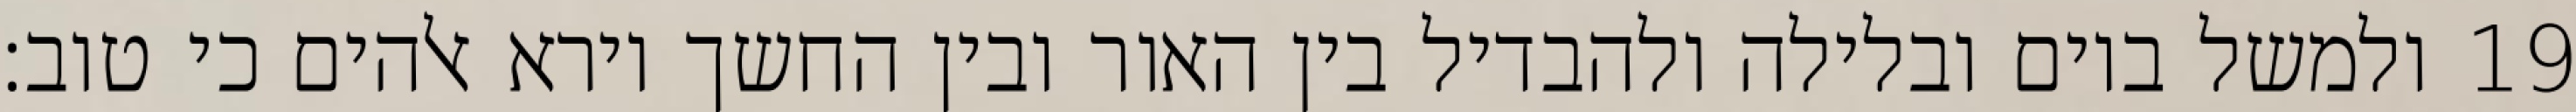
ולמשל ביום ובלילה ולהבדיל בין האור ובין החשך וירא אלהים כי טוב׃ ‎19‏